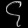
Digit: ၄